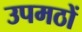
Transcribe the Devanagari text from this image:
उपमठों